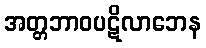
အတ္တဘာဝပဋိလာဘေန